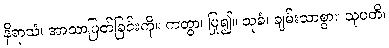
နိရာသံ၊ အာသာပြတ်ခြင်းကို။ ကတွာ၊ ပြု၍။ သုခံ၊ ချမ်းသာစွာ။ သုပတိ၊